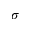
\sigma